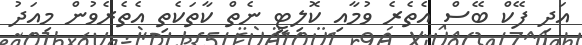
އަދި ފޭކް ބޭސް އެތެރެ ވުމާއި ކޮލިޓީ ނެތް ކާތަކެތި އެތެރެވުން މިއަދު